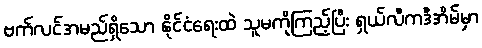
ဗက်လင်အမည်ရှိသော နိုင်ငံရေးထဲ သူမကိုကြည့်ပြီး ရှယ်လီကဒီအိမ်မှာ